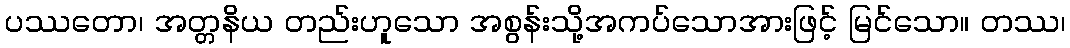
ပဿတော၊ အတ္တနိယ တည်းဟူသော အစွန်းသို့အကပ်သောအားဖြင့် မြင်သော။ တဿ၊